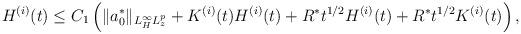
LaTeX: \begin{align*}H^{(i)}(t)& \le C_1 \left( \lVert a^*_0\rVert_{L^\infty_H L^p_z}+ K^{(i)}(t) H^{(i)}(t)+ R^* t^{1/2} H^{(i)}(t)+ R^* t^{1/2} K^{(i)}(t)\right),\end{align*}